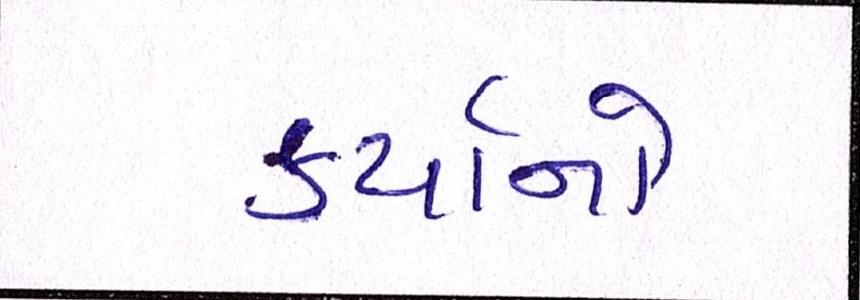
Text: કર્યાનો